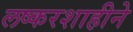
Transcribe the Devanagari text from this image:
लष्करशाहीने